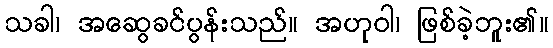
သခါ၊ အဆွေခင်ပွန်းသည်။ အဟုဝါ၊ ဖြစ်ခဲ့ဘူး၏။